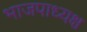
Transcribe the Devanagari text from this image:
भाजपाध्यक्ष